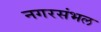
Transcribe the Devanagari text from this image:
नगरसंभल